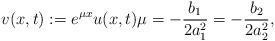
LaTeX: \begin{align*} v(x, t) := e^{\mu x} u(x, t) \mu = -\frac{b_{1}}{2 a_{1}^{2}} = -\frac{b_{2}}{2 a_{2}^{2}}, \end{align*}